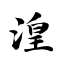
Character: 湟